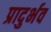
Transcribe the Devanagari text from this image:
प्रादुर्भव